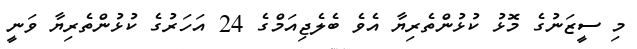
މި ސީޒަނުގެ މޮޅު ކުޅުންތެރިޔާ އެވެ ބެލެޖިއަމްގެ 24 އަހަރުގެ ކުޅުންތެރިޔާ ވަނީ